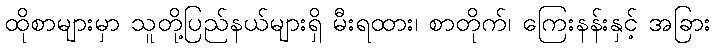
ထိုစာများမှာ သူတို့ပြည်နယ်များရှိ မီးရထား၊ စာတိုက်၊ ကြေးနန်းနှင့် အခြား